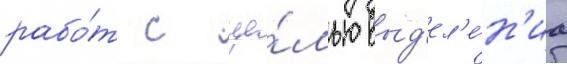
рабо́т с це́лью выд'ел'е́н'иа